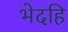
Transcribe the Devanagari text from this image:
भेदहि